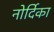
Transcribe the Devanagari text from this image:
नोर्दिका